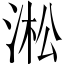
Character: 淞